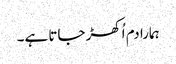
ہمارا دم اُکھڑ جاتا ہے۔